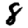
Digit: 8